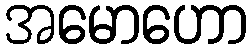
အမောဟော